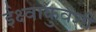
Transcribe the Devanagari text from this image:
ईक्ष्वाकुवंशी